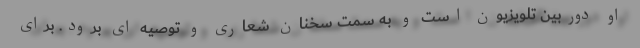
او دوربین تلویزیون است و به سمت سخنان شعاری و توصیه ای برود. برای